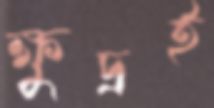
ক্ষুদ্রই